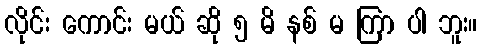
လိုင်း ကောင်း မယ် ဆို ၅ မိ နစ် မ ကြာ ပါ ဘူး။